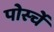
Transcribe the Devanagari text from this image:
पोर्स्चे